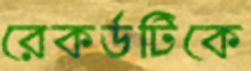
রেকর্ডটিকে